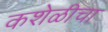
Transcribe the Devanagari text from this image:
कशेळीचा